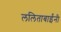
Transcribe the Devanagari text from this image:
ललिताबाईंनी